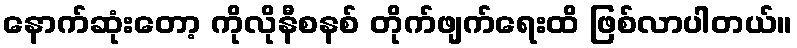
နောက်ဆုံးတော့ ကိုလိုနီစနစ် တိုက်ဖျက်ရေးထိ ဖြစ်လာပါတယ်။